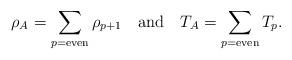
LaTeX: \begin{align*}\rho_A = \sum_{p={\rm even}} \rho_{p+1} \quad {\rm and} \quad T_A = \sum_{p={\rm even}} T_p. \end{align*}